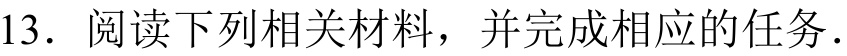
13. 阅读下列相关材料，并完成相应的任务.